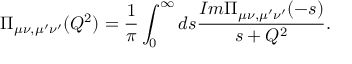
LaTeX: \Pi _ { \mu \nu , \mu ^ { \prime } \nu ^ { \prime } } ( Q ^ { 2 } ) = \displaystyle { \frac { 1 } { \pi } \int _ { 0 } ^ { \infty } d s \frac { I m \Pi _ { \mu \nu , \mu ^ { \prime } \nu ^ { \prime } } ( - s ) } { s + Q ^ { 2 } } } .